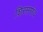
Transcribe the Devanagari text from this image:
शिरसगांव